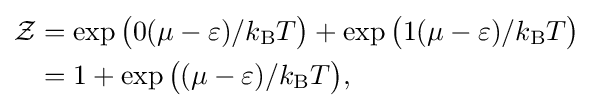
{\begin{aligned}{\mathcal {Z}}&=\exp {\big (}0(\mu -\varepsilon )/k_{\rm {B}}T{\big )}+\exp {\big (}1(\mu -\varepsilon )/k_{\rm {B}}T{\big )}\\&=1+\exp {\big (}(\mu -\varepsilon )/k_{\rm {B}}T{\big )},\end{aligned}}